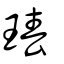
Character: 瑃